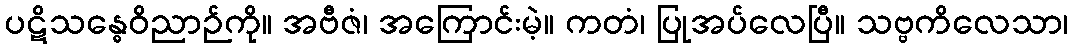
ပဋိသန္ဓေဝိညာဉ်ကို။ အဗီဇံ၊ အကြောင်းမဲ့။ ကတံ၊ ပြုအပ်လေပြီ။ သဗ္ဗကိလေသာ၊